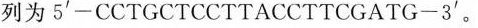
列为5'-CCTGCTCCTTACCTTCGATG——3'。